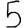
Digit: 5